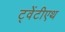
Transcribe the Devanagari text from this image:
ट्वेंटीएथ